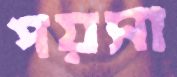
পয়সা